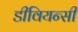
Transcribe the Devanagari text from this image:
डीवियन्सी